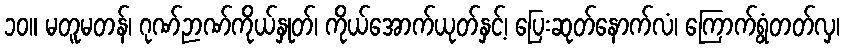
၁၀။ မတူမတန်၊ ဂုဏ်ဉာဏ်ကိုယ်နှုတ်၊ ကိုယ်အောက်ယုတ်နှင့်၊ ပြေးဆုတ်နောက်လံ၊ ကြောက်ရွံတတ်လှ၊